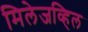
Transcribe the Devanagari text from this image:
मिलेजव्हिल